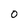
Character: O